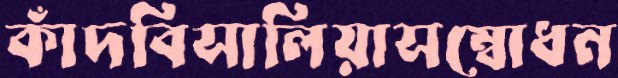
কাঁদবিসালিয়াসম্বোধন